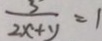
\frac { 3 } { 2 x + y } = 1